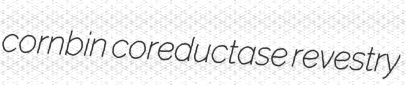
cornbin coreductase revestry